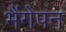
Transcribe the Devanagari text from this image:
भैंगेपन